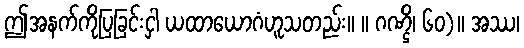
ဤအနက်ကိုပြခြင်းငှါ ယထာယောဂံဟူသတည်း။ ။ ဂဏ္ဌိ၊ ၆၀)။ အဿ၊